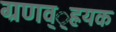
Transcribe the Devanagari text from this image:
ग्रणव््ह्रयक